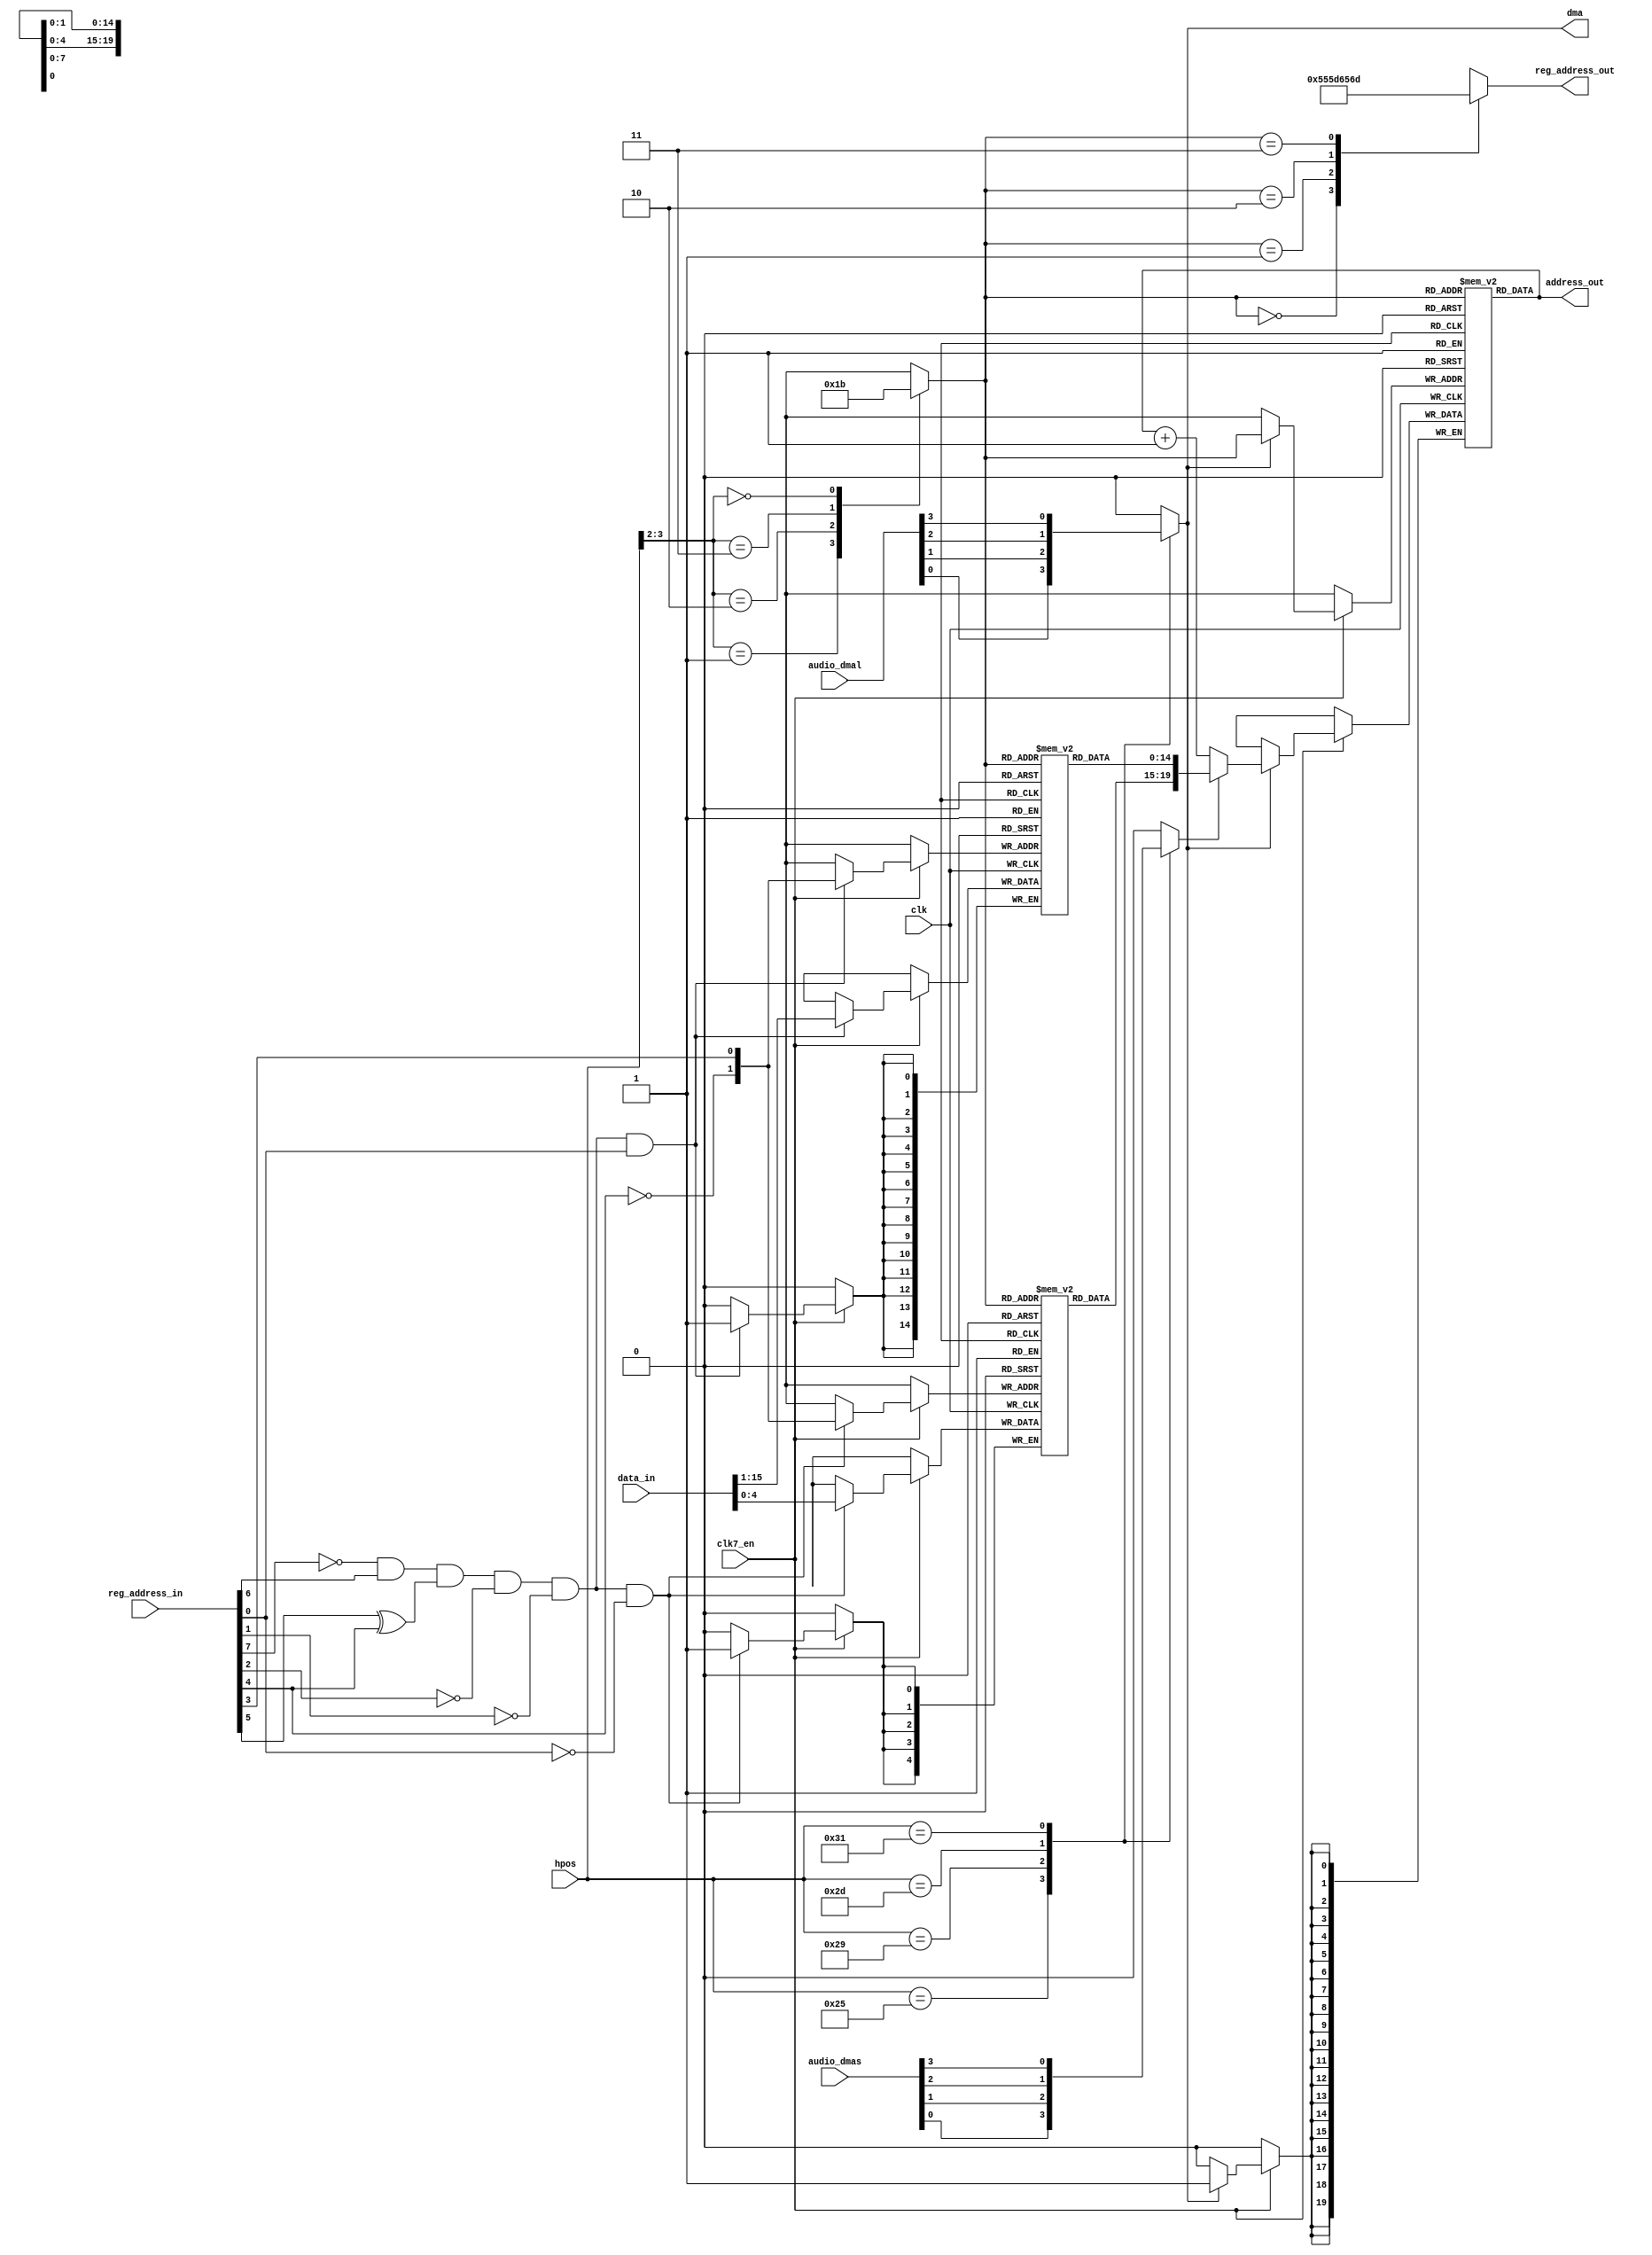
module agnus_audiodma
(
  input  wire           clk,              // bus clock
  input  wire           clk7_en,          // 7MHz clock enable
  output wire           dma,              // true if audio dma engine uses it's cycle
  input  wire [  4-1:0] audio_dmal,       // audio dma data transfer request (from Paula)
  input  wire [  4-1:0] audio_dmas,       // audio dma location pointer restart (from Paula)
  input  wire [  9-1:0] hpos,             // horizontal beam counter
  input  wire [  9-1:1] reg_address_in,   // register address inputs
  output reg  [  9-1:1] reg_address_out,  // register address outputs
  input  wire [ 16-1:0] data_in,          // bus data in
  output wire [ 21-1:1] address_out       // chip address out
);


// register names and adresses
parameter AUD0DAT_REG = 9'h0AA;
parameter AUD1DAT_REG = 9'h0BA;
parameter AUD2DAT_REG = 9'h0CA;
parameter AUD3DAT_REG = 9'h0DA;

// local signals
wire          audlcena;     // audio dma location pointer register address enable
wire [  1: 0] audlcsel;     // audio dma location pointer select
reg  [ 20:16] audlch [3:0]; // audio dma location pointer bank (high word)
reg  [ 15: 1] audlcl [3:0]; // audio dma location pointer bank (low word)
wire [ 20: 1] audlcout;     // audio dma location pointer bank output
reg  [ 20: 1] audpt [3:0];  // audio dma pointer bank
wire [ 20: 1] audptout;     // audio dma pointer bank output
reg  [  1: 0] channel;      // audio dma channel select
reg           dmal;
reg           dmas;

// location registers address enable
// active when any of the location registers is addressed
// $A0-$A3, $B0-$B3, $C0-$C3, $D0-$D3,
assign audlcena = ~reg_address_in[8] & reg_address_in[7] & (reg_address_in[6]^reg_address_in[5]) & ~reg_address_in[3] & ~reg_address_in[2];

// location register channel select
assign audlcsel = {~reg_address_in[5],reg_address_in[4]};

// audio location register bank
always @ (posedge clk) begin
  if (clk7_en) begin
    if (audlcena & ~reg_address_in[1]) // AUDxLCH
      audlch[audlcsel] <= #1 data_in[4:0];
  end
end

always @ (posedge clk) begin
  if (clk7_en) begin
    if (audlcena & reg_address_in[1]) // AUDxLCL
      audlcl[audlcsel] <= #1 data_in[15:1];
  end
end

// get audio location pointer
assign audlcout = {audlch[channel],audlcl[channel]};

// dma cycle allocation
always @ (*) begin
  case (hpos)
    9'b0001_0010_1 : dmal = audio_dmal[0]; //$0E
    9'b0001_0100_1 : dmal = audio_dmal[1]; //$10
    9'b0001_0110_1 : dmal = audio_dmal[2]; //$12
    9'b0001_1000_1 : dmal = audio_dmal[3]; //$14
    default        : dmal = 0;
  endcase
end

// dma cycle request
assign dma = dmal;

// channel dmas encoding
always @ (*) begin
  case (hpos)
    9'b0001_0010_1 : dmas = audio_dmas[0]; //$0E
    9'b0001_0100_1 : dmas = audio_dmas[1]; //$10
    9'b0001_0110_1 : dmas = audio_dmas[2]; //$12
    9'b0001_1000_1 : dmas = audio_dmas[3]; //$14
    default        : dmas = 0;
  endcase
end

// dma channel select
always @ (*) begin
  case (hpos[3:2])
    2'b01 : channel = 0; //$0E
    2'b10 : channel = 1; //$10
    2'b11 : channel = 2; //$12
    2'b00 : channel = 3; //$14
  endcase
end

// memory address output
assign address_out[20:1] = audptout[20:1];

// audio pointers register bank (implemented using distributed ram) and ALU
always @ (posedge clk) begin
  if (clk7_en) begin
    if (dmal)
      audpt[channel] <= #1 dmas ? audlcout[20:1] : audptout[20:1] + 1'b1;
  end
end

// audio pointer output
assign audptout[20:1] = audpt[channel];

// register address output multiplexer
always @ (*) begin
  case (channel)
    0 : reg_address_out[8:1] = AUD0DAT_REG[8:1];
    1 : reg_address_out[8:1] = AUD1DAT_REG[8:1];
    2 : reg_address_out[8:1] = AUD2DAT_REG[8:1];
    3 : reg_address_out[8:1] = AUD3DAT_REG[8:1];
  endcase
end


endmodule